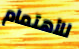
للأهتمام